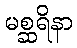
မစ္ဆရိနာ